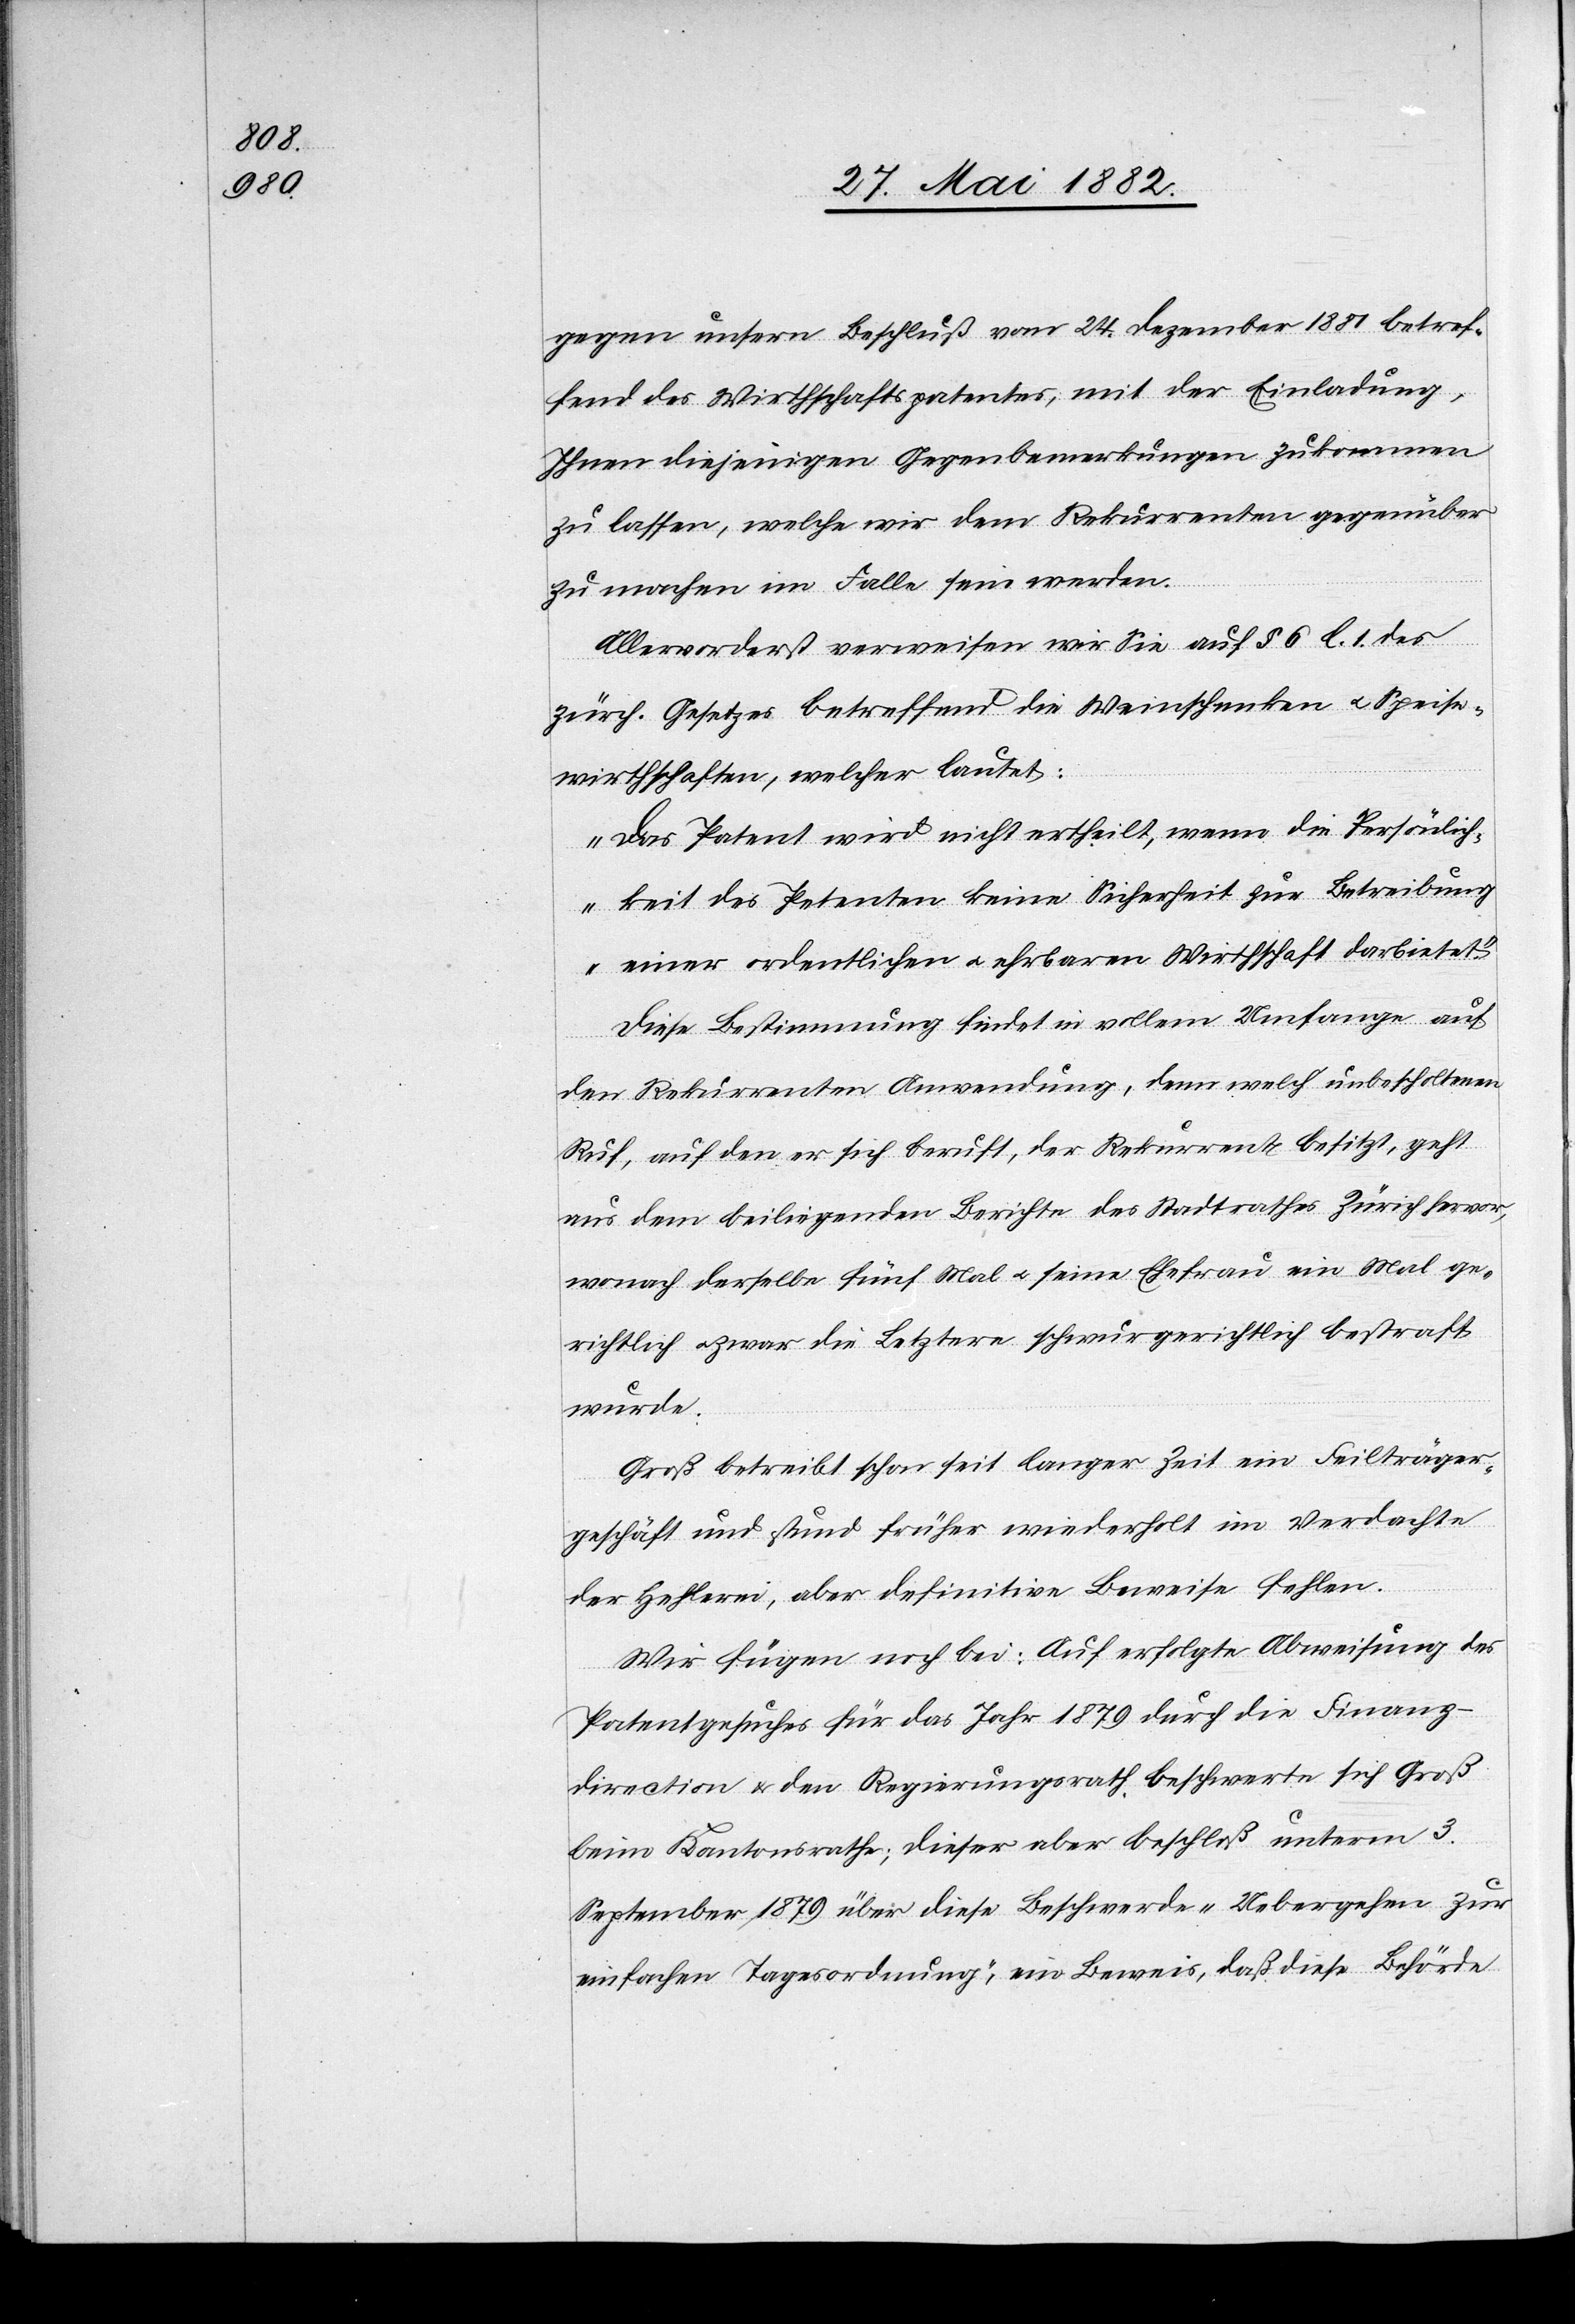
gegen unsern Beschluß vom 24. Dezember 1881 betref¬
fend des Wirthschaftspatentes, mit der Einladung,
Ihnen diejenigen Gegenbemerkungen zukommen
zu lassen, welche wir dem Rekurrenten gegenüber
zu machen im Falle sein werden.
Allervorderst verweisen wir Sie auf § 6 l. 1 des
zürch. Gesetzes betreffend die Weinschenken u. Speise¬
wirthschaften, welcher lautet:
„Das Patent wird nicht ertheilt, wenn die Persönlich¬
keit des Petenten keine Sicherheit für Betreibung
einer ordentlichen u. ehrbaren Wirthschaft darbietet.“
Diese Bestimmung findet in vollem Umfange auf
den Rekurrenten Anwendung, denn welch unbescholtenen
Ruf, auf den er sich beruft, der Rekurrent besitzt, geht
aus dem beiliegenden Berichte des Stadtrathes Zürich hervor,
wonach derselbe fünf Mal u. seine Ehefrau ein Mal ge¬
richtlich u. zwar die Letztere schwurgerichtlich bestraft
wurde.
Groß betreibt schon seit langer Zeit ein Feilträger¬
geschäft und stund früher wiederholt im Verdachte
der Hehlerei, aber definitive Beweise fehlen.
Wir fügen noch bei: Auf erfolgte Abweisung des
Patentgesuches für das Jahr 1879 durch die Finanz¬
direction & den Regierungsrath beschwerte sich Groß
beim Kantonsrathe; dieser aber beschloß unterm 3.
September 1879 über diese Beschwerde „Uebergehen zur
einfachen Tagesordnung“, ein Beweis, daß diese Behörde